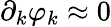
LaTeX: \partial_{k}\varphi_{k}\approx 0